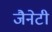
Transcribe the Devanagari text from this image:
जैनेटी